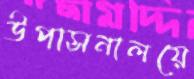
উপাসনালয়ে